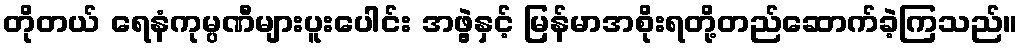
တိုတယ် ရေနံကုမ္ပဏီများပူးပေါင်း အဖွဲ့နှင့် မြန်မာအစိုးရတို့တည်ဆောက်ခဲ့ကြသည်။